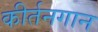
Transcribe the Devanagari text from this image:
कीर्तनगान